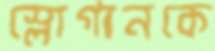
স্লোগানকে